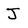
Character: J